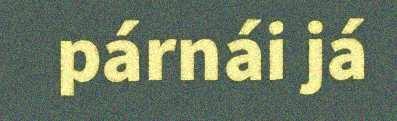
párnái já